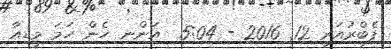
ފެބްރުއަރީ 12